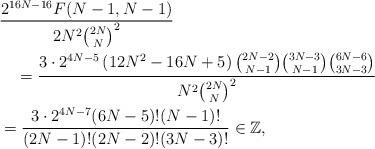
LaTeX: \begin{align*}&\frac{2^{16N-16}F(N-1,N-1)}{2N^2\binom{2N}{N}^2}\\&\quad=\frac{3\cdot 2^{4 N-5} \left(12 N^2-16 N+5\right) \binom{2 N-2}{N-1} \binom{3 N-3}{N-1} \binom{6 N-6}{3 N-3}}{N^2 \binom{2 N}{N}^2}\\&=\frac{3\cdot 2^{4N-7}(6N-5)!(N-1)!}{(2N-1)!(2N-2)!(3N-3)!}\in \mathbb{Z},\end{align*}